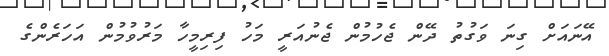
އޭނައަށް ގިނަ ވަގުތު ދޭން ޖެހުމުން ޖެނުއަރީ މަހު ފިރިމީހާ މަރުވުމުން އަހަރެންގެ